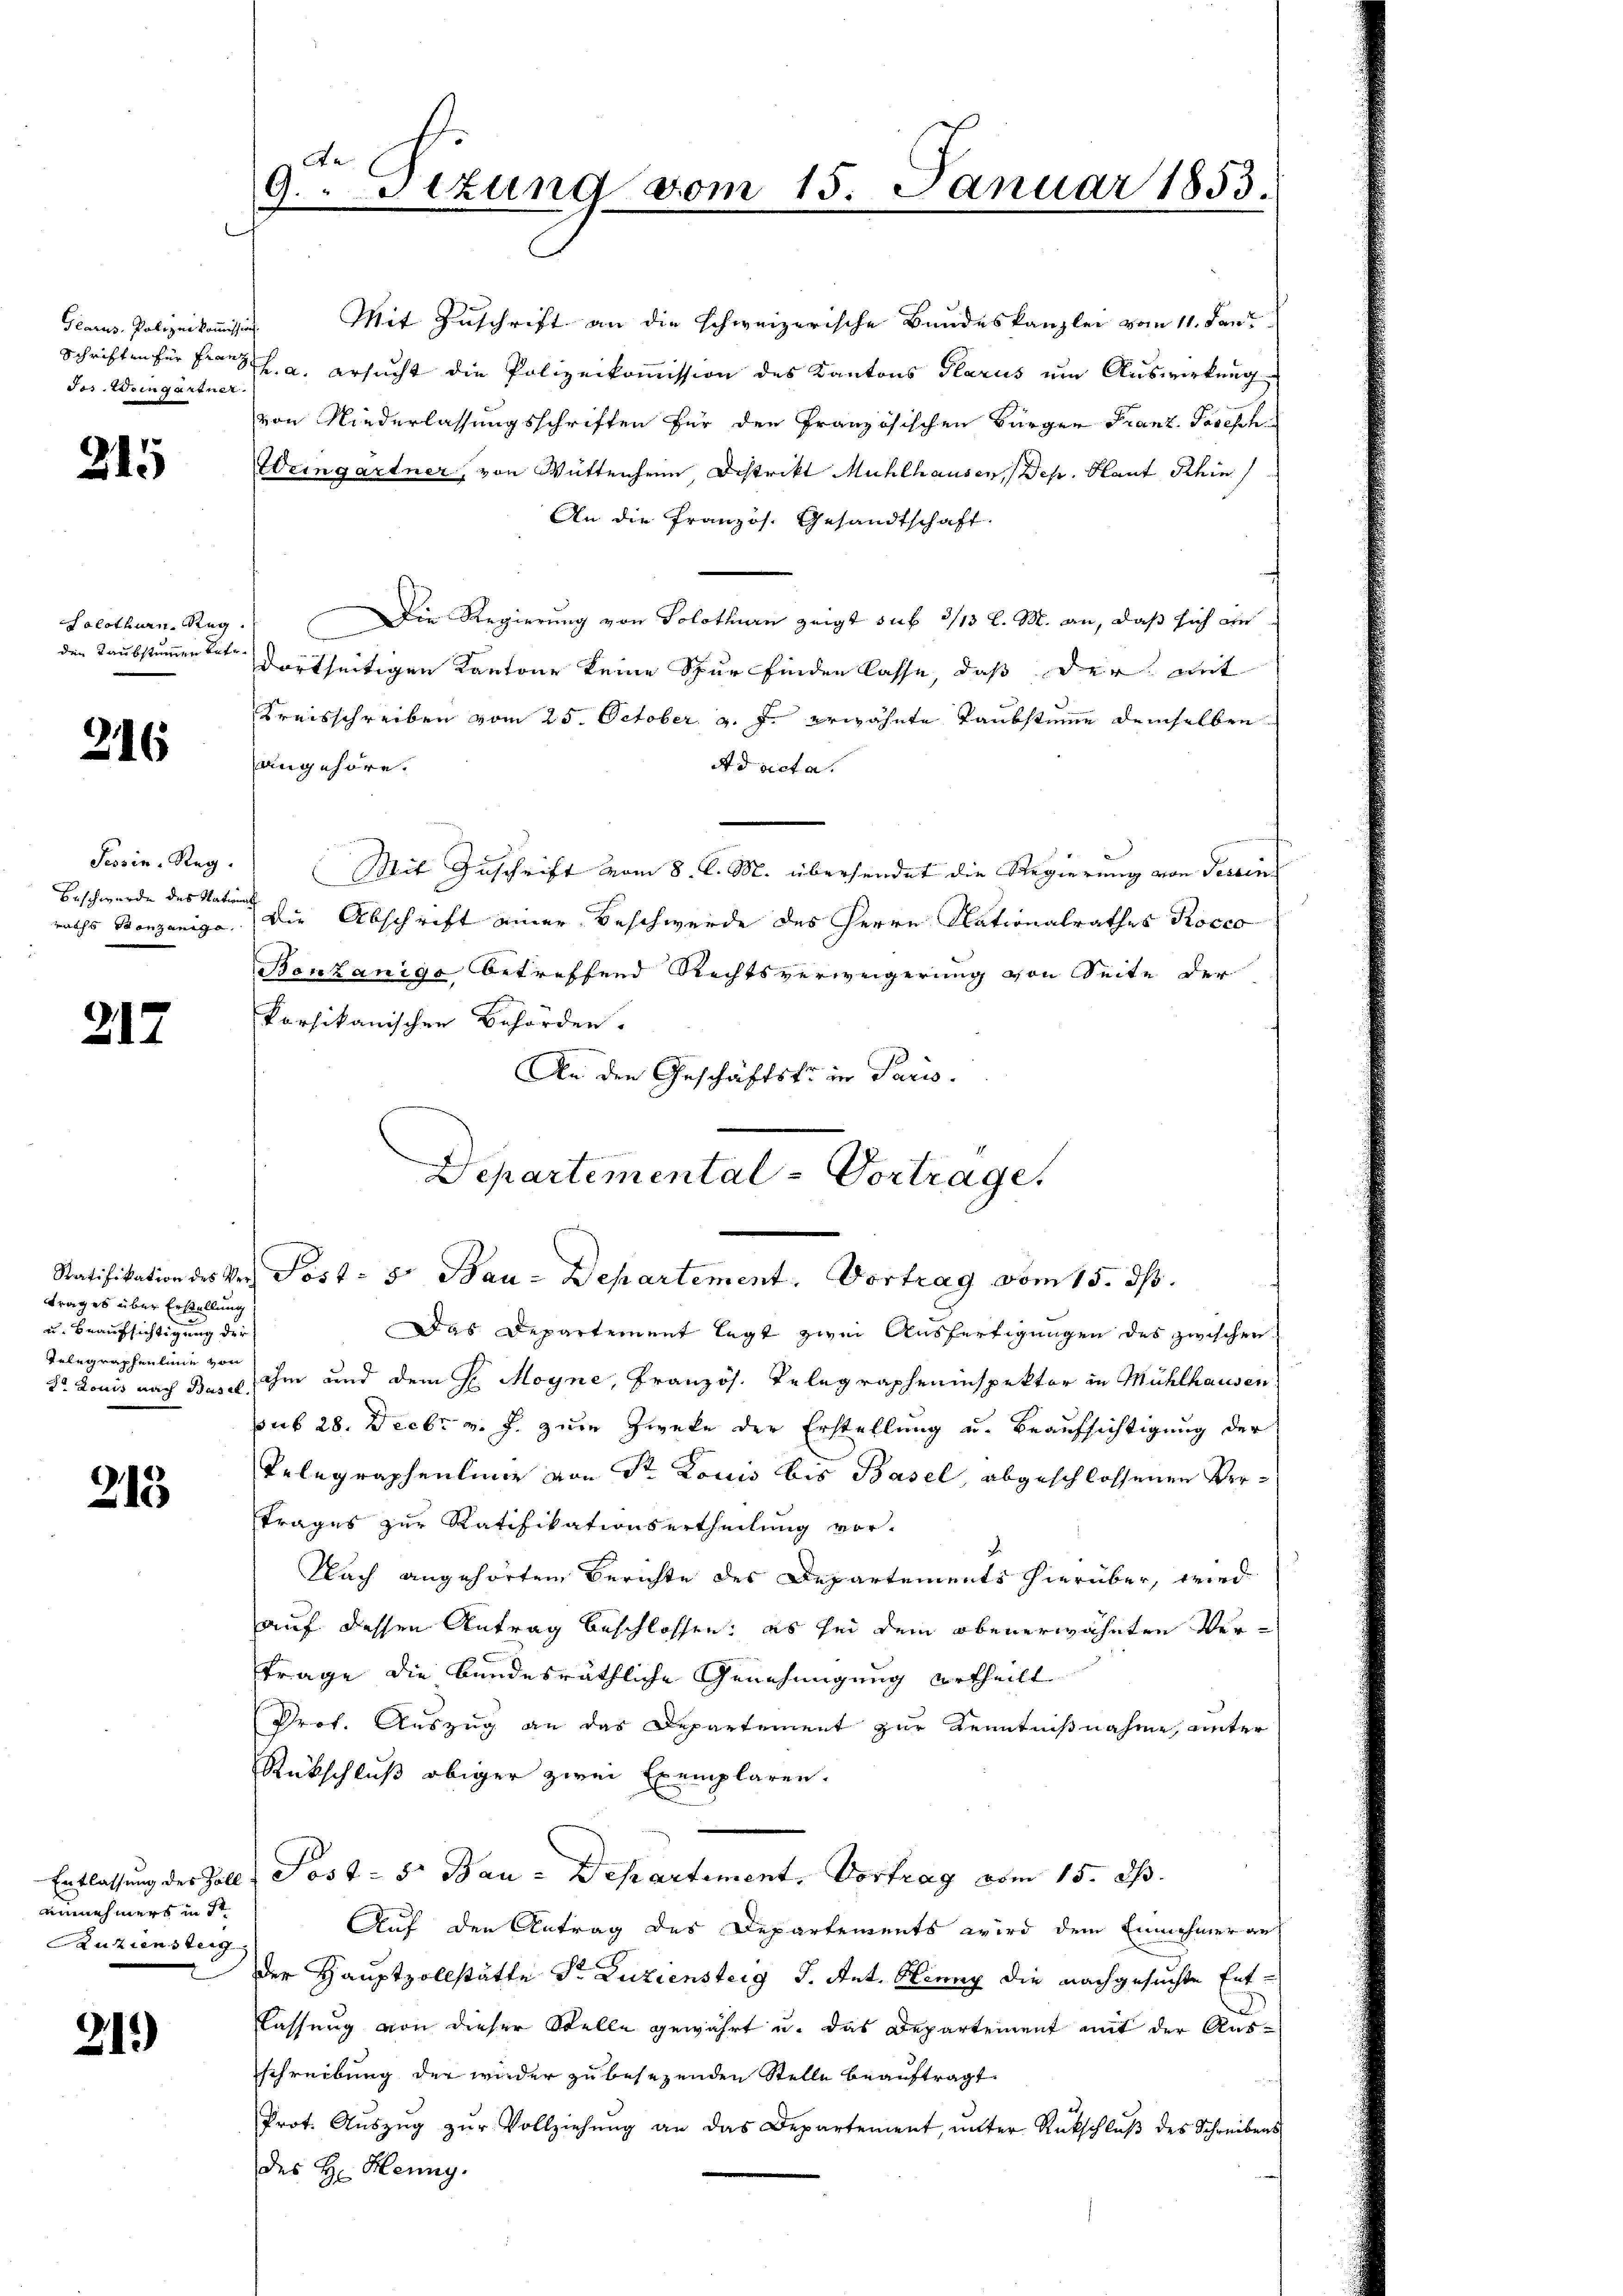
Glarus - Polizeikommission
Jos. Weingartner.

215

Solothurn. Reg.
den Taubstummer betr.

216

Tessin. Reg.
Beschwerde des Nation
raths Benzanige

217

ttrages über Erstellung
u. Beaufsichtigung der
Telegraphenlinie von

213

einnehmers in de
uziensteig

21.)

Ae
9. Sitzung vom 15. Januar 1853.

Mit Zuschrift an die schweizerische Bundeskanzlei vom 11. Jan
Schriften für Franz h. a. ersucht die Polizeikommission des Kantons Glarus um Auswirkung
von Niederlassungsschriften für den Französischen Bürger Franz. Joseph
Weingartner, von Wittenheim Distrikt Mühlhausen, Dep. Plant Schin
An die Französ. Gesandtschaft.
Die Regierung von Solothurn zeigt sub 3/13 l. M. an, daß sich die
dortseitigen Kantone keine Spur finden lasse, daß der mit
Kreisschreiben vom 25. October v. J. erwähnte Taubstumme demselben
angehöre.
A d acta.
Mit Zuschrift vom 8. l. M. übersendet die Regierung von Terrin
f
Die Abschrift einer Beschwerde des Herrn Nationalrathes Rocco
Benzanige betreffend Rechtsverweigerung von Seite der
korsikanischen Behörden.
An den Geschäftste in Paris.
Departemental-Vortrage.

Ratifikation des Ver Post- 5. Bau-Departement. Vortrag vom 15. ds.

Das Departement legt zwei Ausfertigungen des zwischen
Dr. Louis nach Basel ihm und dem H. Moyne, Französ. Telegrapheninspektor in Mühlhausen:
sub 28. Decbr v. J. zum Zwecke der Erstellung u. Beaufsichtigung der
Telegraphenlini von Sr Louis bis Basel, abgeschlossenen Vertrages zur Ratifikationsertheilung vor-
.
Nach angehörten Berichte des Departements hierüber, wird
auf dessen Antrag beschlossen: es sei dem obenerwähnten Ver¬
Frage die bundesräthliche Genehmigung urtheilt
Prof. Auszug an das Departement zur Kenntnißnahme, unter
Rückschluß obiger zwei Exemplaren.
Entlassung der Zoll & Post - 5. Bau-Departement, Vortrag vom 15. ds.
Auf den Antrag des Departements wird dem Einnehmer auf
der Hauptvollstätte Sr Duziensteig J. Ant. Hieng die nachgesuchte Ent-
Klassung von dieser Stelle gewährt u. das Departement mit der Ausschreibung der wieder zu besezenden Stelle beauftragt,
Prot. Auszug zur Vollziehung an das Departement, unter Rückschluß des Schreibens
des H. Heung.